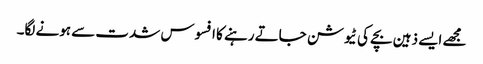
مجھے ایسے ذہین بچے کی ٹیوشن جاتے رہنے کا افسوس شدت سے ہونے لگا۔